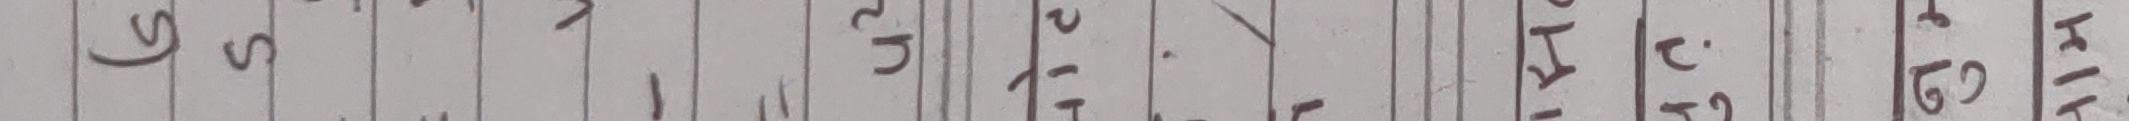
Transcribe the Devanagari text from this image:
७९ग१४ल२तेपाजराईमाटरएकले